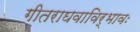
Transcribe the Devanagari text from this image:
गीतराघवाविर्भावः